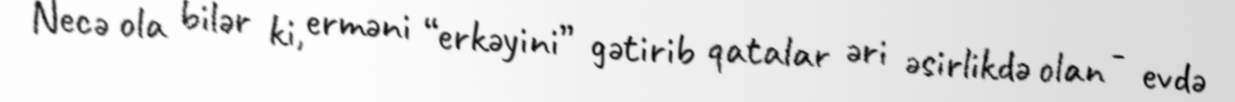
Necə ola bilər ki, erməni “erkəyini” gətirib qatalar əri əsirlikdə olan - evdə